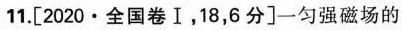
11.[2020·全国卷Ⅰ，18，6分]一匀强磁场的